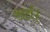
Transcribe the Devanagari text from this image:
शर्त।